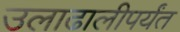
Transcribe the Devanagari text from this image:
उलाढालीपर्यंत